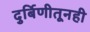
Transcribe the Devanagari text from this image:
दुर्बिणीतूनही